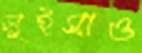
লুইসাও